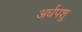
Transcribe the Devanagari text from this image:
अर्धपशु